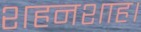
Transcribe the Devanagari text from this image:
शहनशाह।